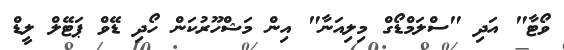
ވޯޓާ" އަދި "ސްލަމްޑޯގް މިލިއަނާ" އިން މަޝްހޫރުކަން ހޯދި ޑޭވް ޕަޓޭލް ލީޑް